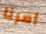
أمرنا